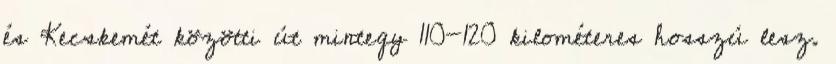
és Kecskemét közötti út mintegy 110-120 kilométeres hosszú lesz.